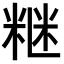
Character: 𥺇